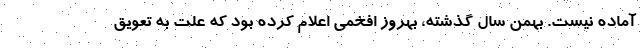
آماده نیست. بهمن سال گذشته، بهروز افخمی اعلام کرده بود که علت به تعویق